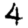
Digit: 4